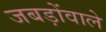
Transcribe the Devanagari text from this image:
जबड़ोंवाले